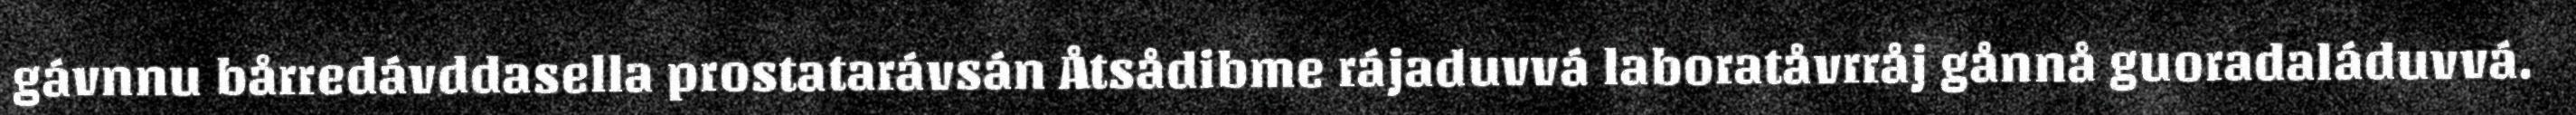
gávnnu bårredávddasella prostatarávsán Åtsådibme rájaduvvá laboratåvrråj gånnå guoradaláduvvá.